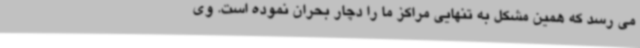
می رسد که همین مشکل به تنهایی مراکز ما را دچار بحران نموده است. وی